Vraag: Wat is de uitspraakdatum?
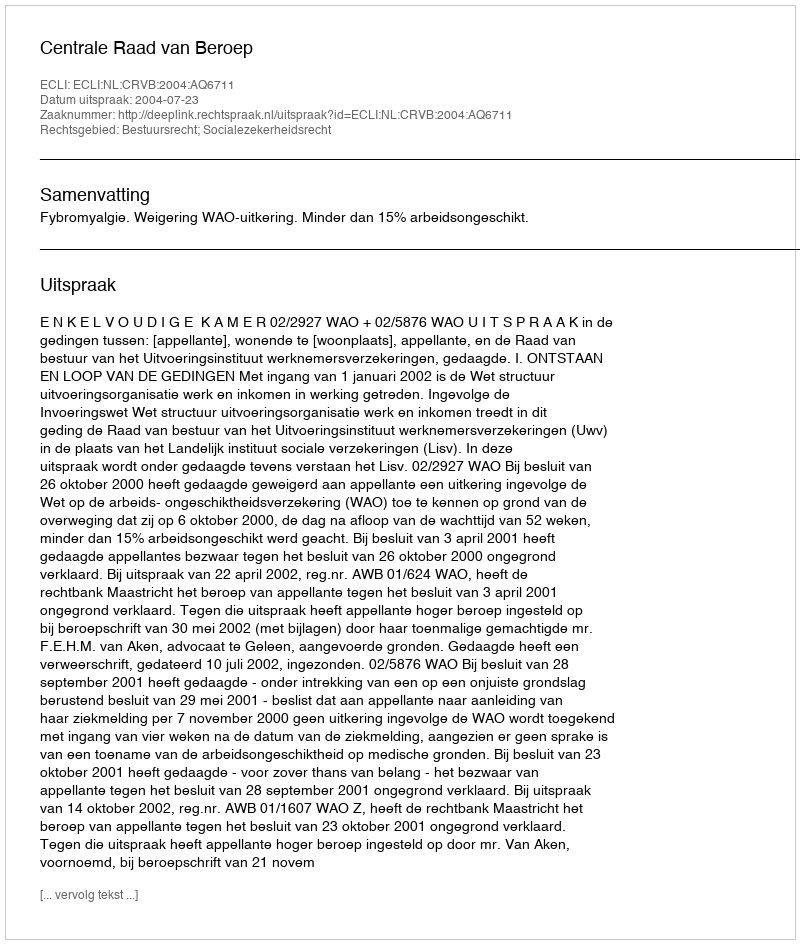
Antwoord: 2004-07-23